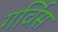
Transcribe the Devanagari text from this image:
गर्विस